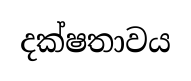
දක්ෂතාවය